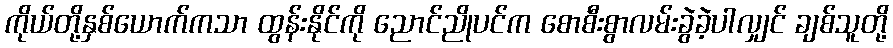
ကိုယ်တို့နှစ်ယောက်ကသာ ထွန်းနိုင်ကို ညောင်ညိုပင်က စောစီးစွာလမ်းခွဲခဲ့ပါလျှင် ချစ်သူတို့